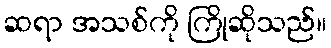
ဆရာ အသစ်ကို ကြိုဆိုသည်။